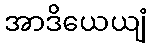
အာဒိယေယျံ